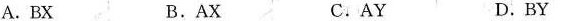
A.BX B.AX C.AY D.BY